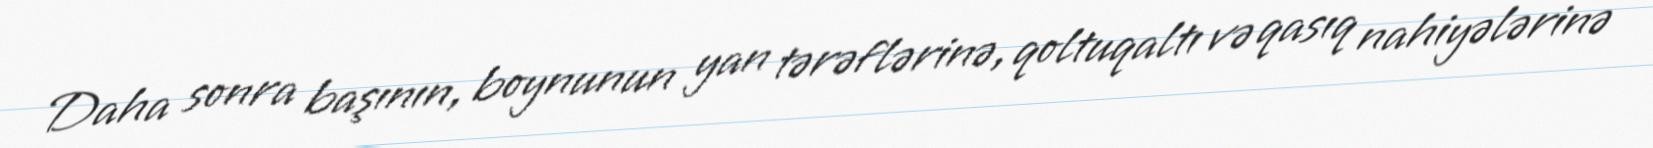
Daha sonra başının, boynunun yan tərəflərinə, qoltuqaltı və qasıq nahiyələrinə